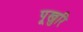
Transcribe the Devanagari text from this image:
पूखुरि